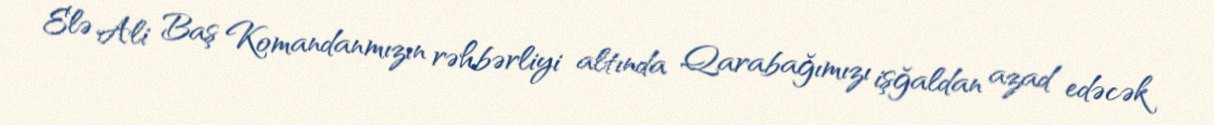
Elə Ali Baş Komandanmızın rəhbərliyi altında Qarabağımızı işğaldan azad edəcək